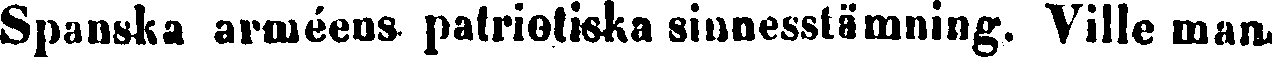
Spanska arméeus patriotiska sinnesstämning. Ville man